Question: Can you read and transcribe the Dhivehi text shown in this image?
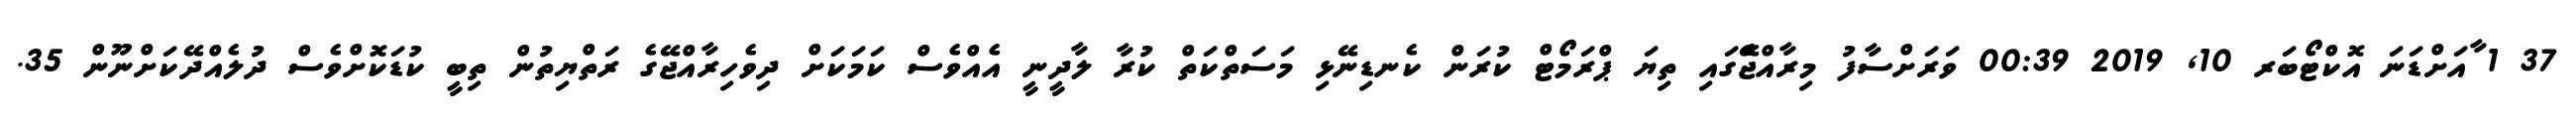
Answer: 37 1 ާއަށްޑަނަ އޮކްޓޯބަރ 10, 2019 00:39 ވަރަށްސާފު މިރާއްޖެެޭގައި ތިޔަ ޕްރަމޯޓް ކުރަން ކެނޑިނޭޅި މަސަތްކަތް ކުރާ ލާދީނީ އެއްވެސް ކަމަކަށް ދިވެހިރާއްޖޭގެ ރަތްޔިތުން ތިބީ ކުޑަކޮށްވެސް ދުލެއްދޭކަށްނޫން 35.